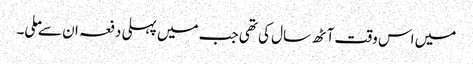
میں اس وقت آٹھ سال کی تھی جب میں پہلی دفعہ ان سے ملی۔